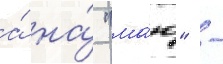
а́ на́ "ма́ю" -